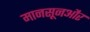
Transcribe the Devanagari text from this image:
मानसूनऔर